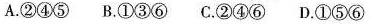
A.②④⑤ B.①③⑥ C.②④⑥ D.①⑤⑥